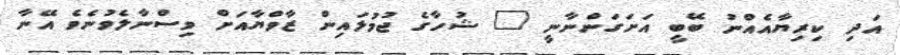
އަދި ކިރިޔާއެއްނު ބޭބީ އަށަގަންނާނީ " ޝުހާގެ ޖުމުލައިން ޒާވްޔާއަށް ވިސްނާލެވުނެވެ އޭނާ